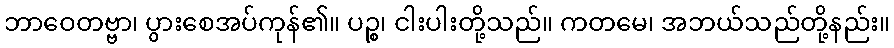
ဘာဝေတဗ္ဗာ၊ ပွားစေအပ်ကုန်၏။ ပဉ္စ၊ ငါးပါးတို့သည်။ ကတမေ၊ အဘယ်သည်တို့နည်း။